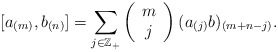
\begin{align*}[a_{(m)}, b_{(n)}]=\sum_{j\in \mathbb{Z_{+}}}\left(\begin{array}{ccc}m\\j\end{array}\right)(a_{(j)}b)_{(m+n-j)}.\end{align*}